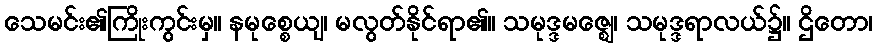
သေမင်း၏ကြိုးကွင်းမှ။ နမုစ္စေယျ၊ မလွတ်နိုင်ရာ၏။ သမုဒ္ဒမဇ္ဈေ၊ သမုဒ္ဒရာလယ်၌။ ဌိတော၊